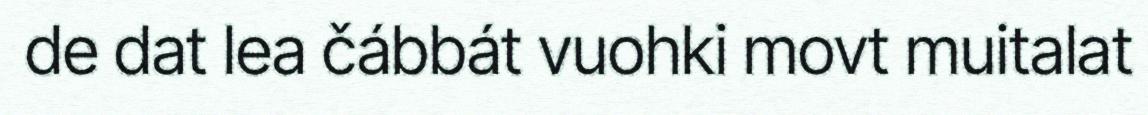
de dat lea čábbát vuohki movt muitalat